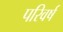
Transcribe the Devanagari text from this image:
परिवर्ष